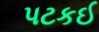
પટકઈ